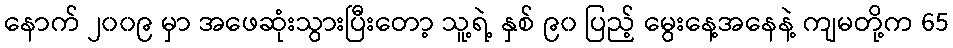
နောက် ၂၀၀၉ မှာ အဖေဆုံးသွားပြီးတော့ သူ့ရဲ့ နှစ် ၉၀ ပြည့် မွေးနေ့အနေနဲ့ ကျမတို့က 65